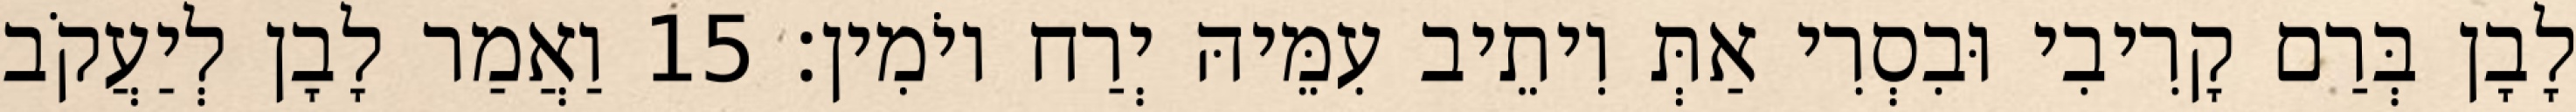
לָבָן בְּרַם קָרִיבִי וּבִסְרִי אַתְּ וִיתֵיב עִמֵּיהּ יְרַח יוֹמִין׃ 15 וַאֲמַר לָבָן לְיַעֲקֹב